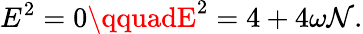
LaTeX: E^{2}=0\qquadE^{2}=4+4\omega\mathcal{N}.